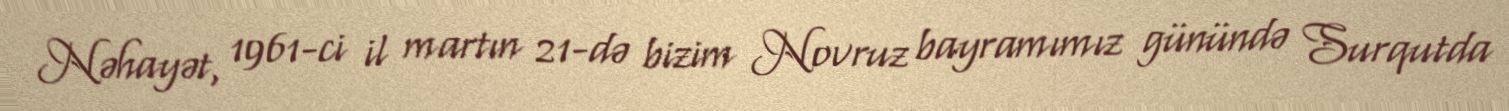
Nəhayət, 1961-ci il martın 21-də bizim Novruz bayramımız günündə Surqutda